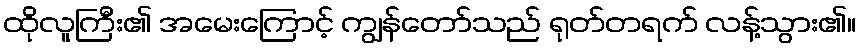
ထိုလူကြီး၏ အမေးကြောင့် ကျွန်တော်သည် ရုတ်တရက် လန့်သွား၏။